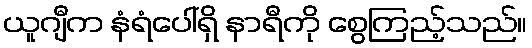
ယူဂျီက နံရံပေါ်ရှိ နာရီကို စွေကြည့်သည်။